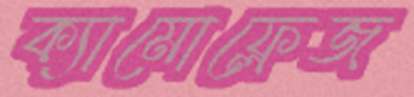
ক্যামোফ্লেজ